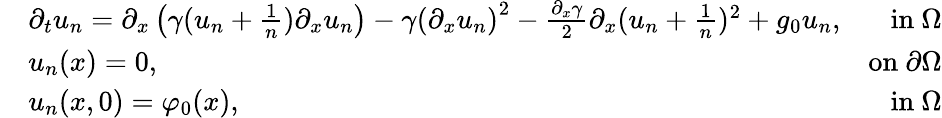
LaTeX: \begin{array}{rlr}&{\partial_{t}u_{n}=\partial_{x}\left(\gamma(u_{n}+\frac{1}{n})\partial_{x}u_{n}\right)-\gamma\left(\partial_{x}u_{n}\right)^{2}-\frac{\partial_{x}\gamma}{2}\partial_{x}(u_{n}+\frac{1}{n})^{2}+g_{0}u_{n},}&{\mathrm{in~}\Omega}\\ &{u_{n}(x)=0,}&{\mathrm{on~}\partial\Omega}\\ &{u_{n}(x,0)=\varphi_{0}(x),}&{\mathrm{in~}\Omega}\end{array}